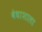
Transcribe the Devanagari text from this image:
वेधाशाला